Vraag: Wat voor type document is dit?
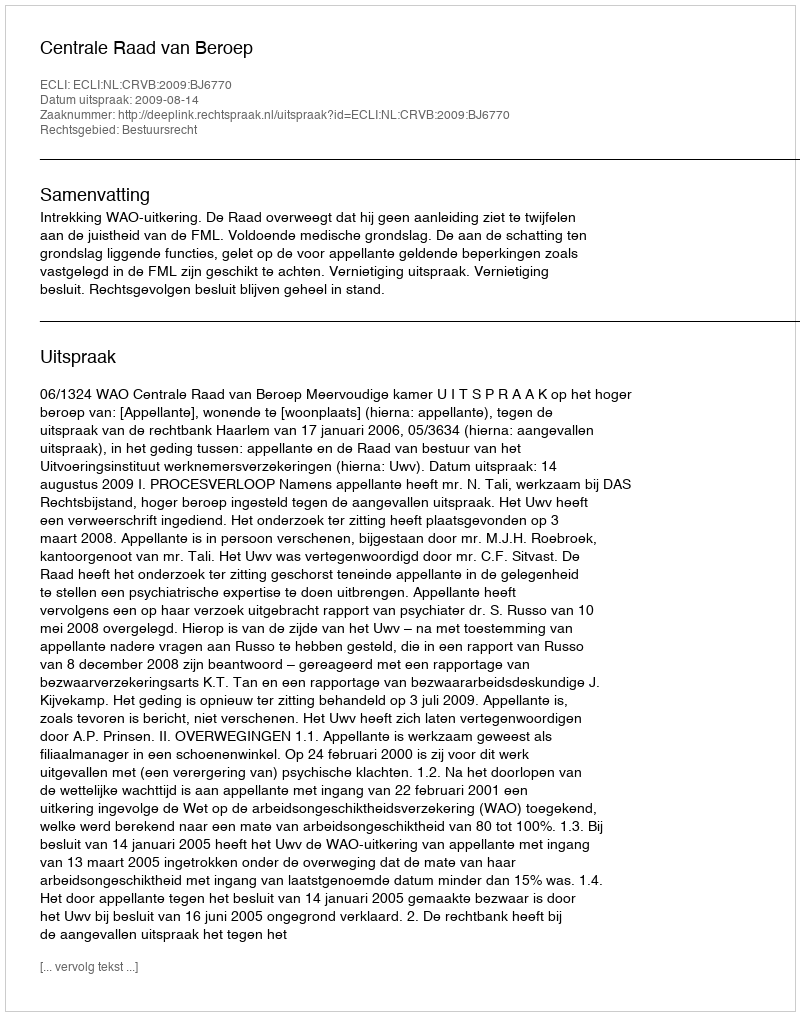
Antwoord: Uitspraak